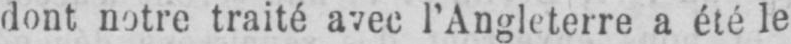
dont notre traité avec l’Angleterre a été le